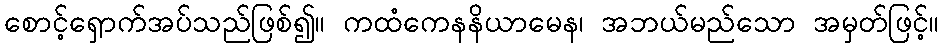
စောင့်ရှောက်အပ်သည်ဖြစ်၍။ ကထံကေနနိယာမေန၊ အဘယ်မည်သော အမှတ်ဖြင့်။